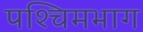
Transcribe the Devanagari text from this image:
पश्‍चिमभाग